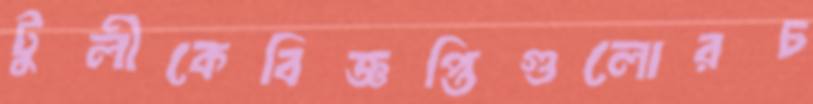
টুলীকেবিজ্ঞপ্তিগুলোরচ